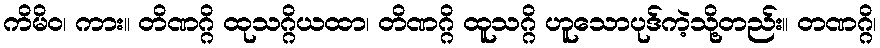
ကိမိဝ၊ ကား။ တိဏဂ္ဂိ ထုသဂ္ဂိယထာ၊ တိဏဂ္ဂိ ထူသဂ္ဂိ ဟူသောပုဒ်ကဲ့သို့တည်း။ တဏဂ္ဂိ၊